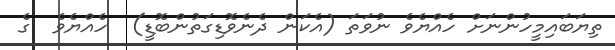
ތިޔަބައިމީހުންނަށް ހެއްޔެވެ ނުވަތަ (އެކަން ދެނެވޮޑިގަތުންބޮޑީ)  ހެއްޔެވެ  ގެ